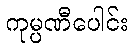
ကုမ္ပဏီပေါင်း